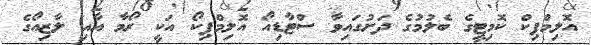
އޮލިމްޕިކް ކޮމިޓީގެ ބެލުމުގެ ދަށުގައިވާ ސްޓާޑިއޯ އޮލިމްޕިކޯ އަކީ ރޯމާ އާއި ލާޒިއޯގެ